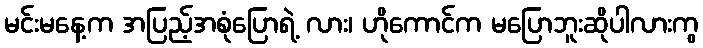
မင်းမနေ့က အပြည့်အစုံပြောရဲ့ လား၊ ဟိုကောင်က မပြောဘူးဆိုပါလားကွ